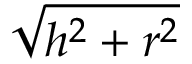
\sqrt { h ^ { 2 } + r ^ { 2 } }